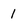
Character: 1